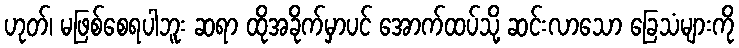
ဟုတ်၊ မဖြစ်စေရပါဘူး ဆရာ ထိုအခိုက်မှာပင် အောက်ထပ်သို့ ဆင်းလာသော ခြေသံများကို